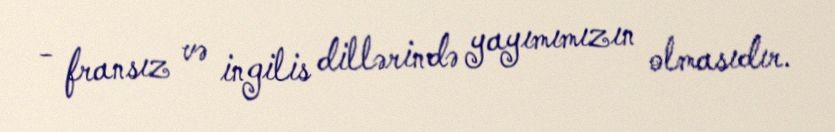
- fransız və ingilis dillərində yayımımızın olmasıdır.